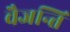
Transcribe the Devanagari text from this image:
वैजन्ति